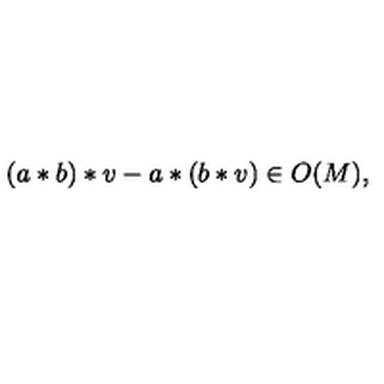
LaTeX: ( a * b ) * v - a * ( b * v ) \in O ( M ) ,